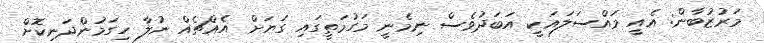
މަރުޒުބާން: އެއީ މައްސަލައަކީ އަބަދުވެސް ނިމެނީ މަގުމަތީގައި ގަޔަށް އެއްޗެއް ނުލާ ހިގަމުންދަނިކޮށް